38_143685_box_Incident_Summaries_173-233
Agency: Department of War
Page 128
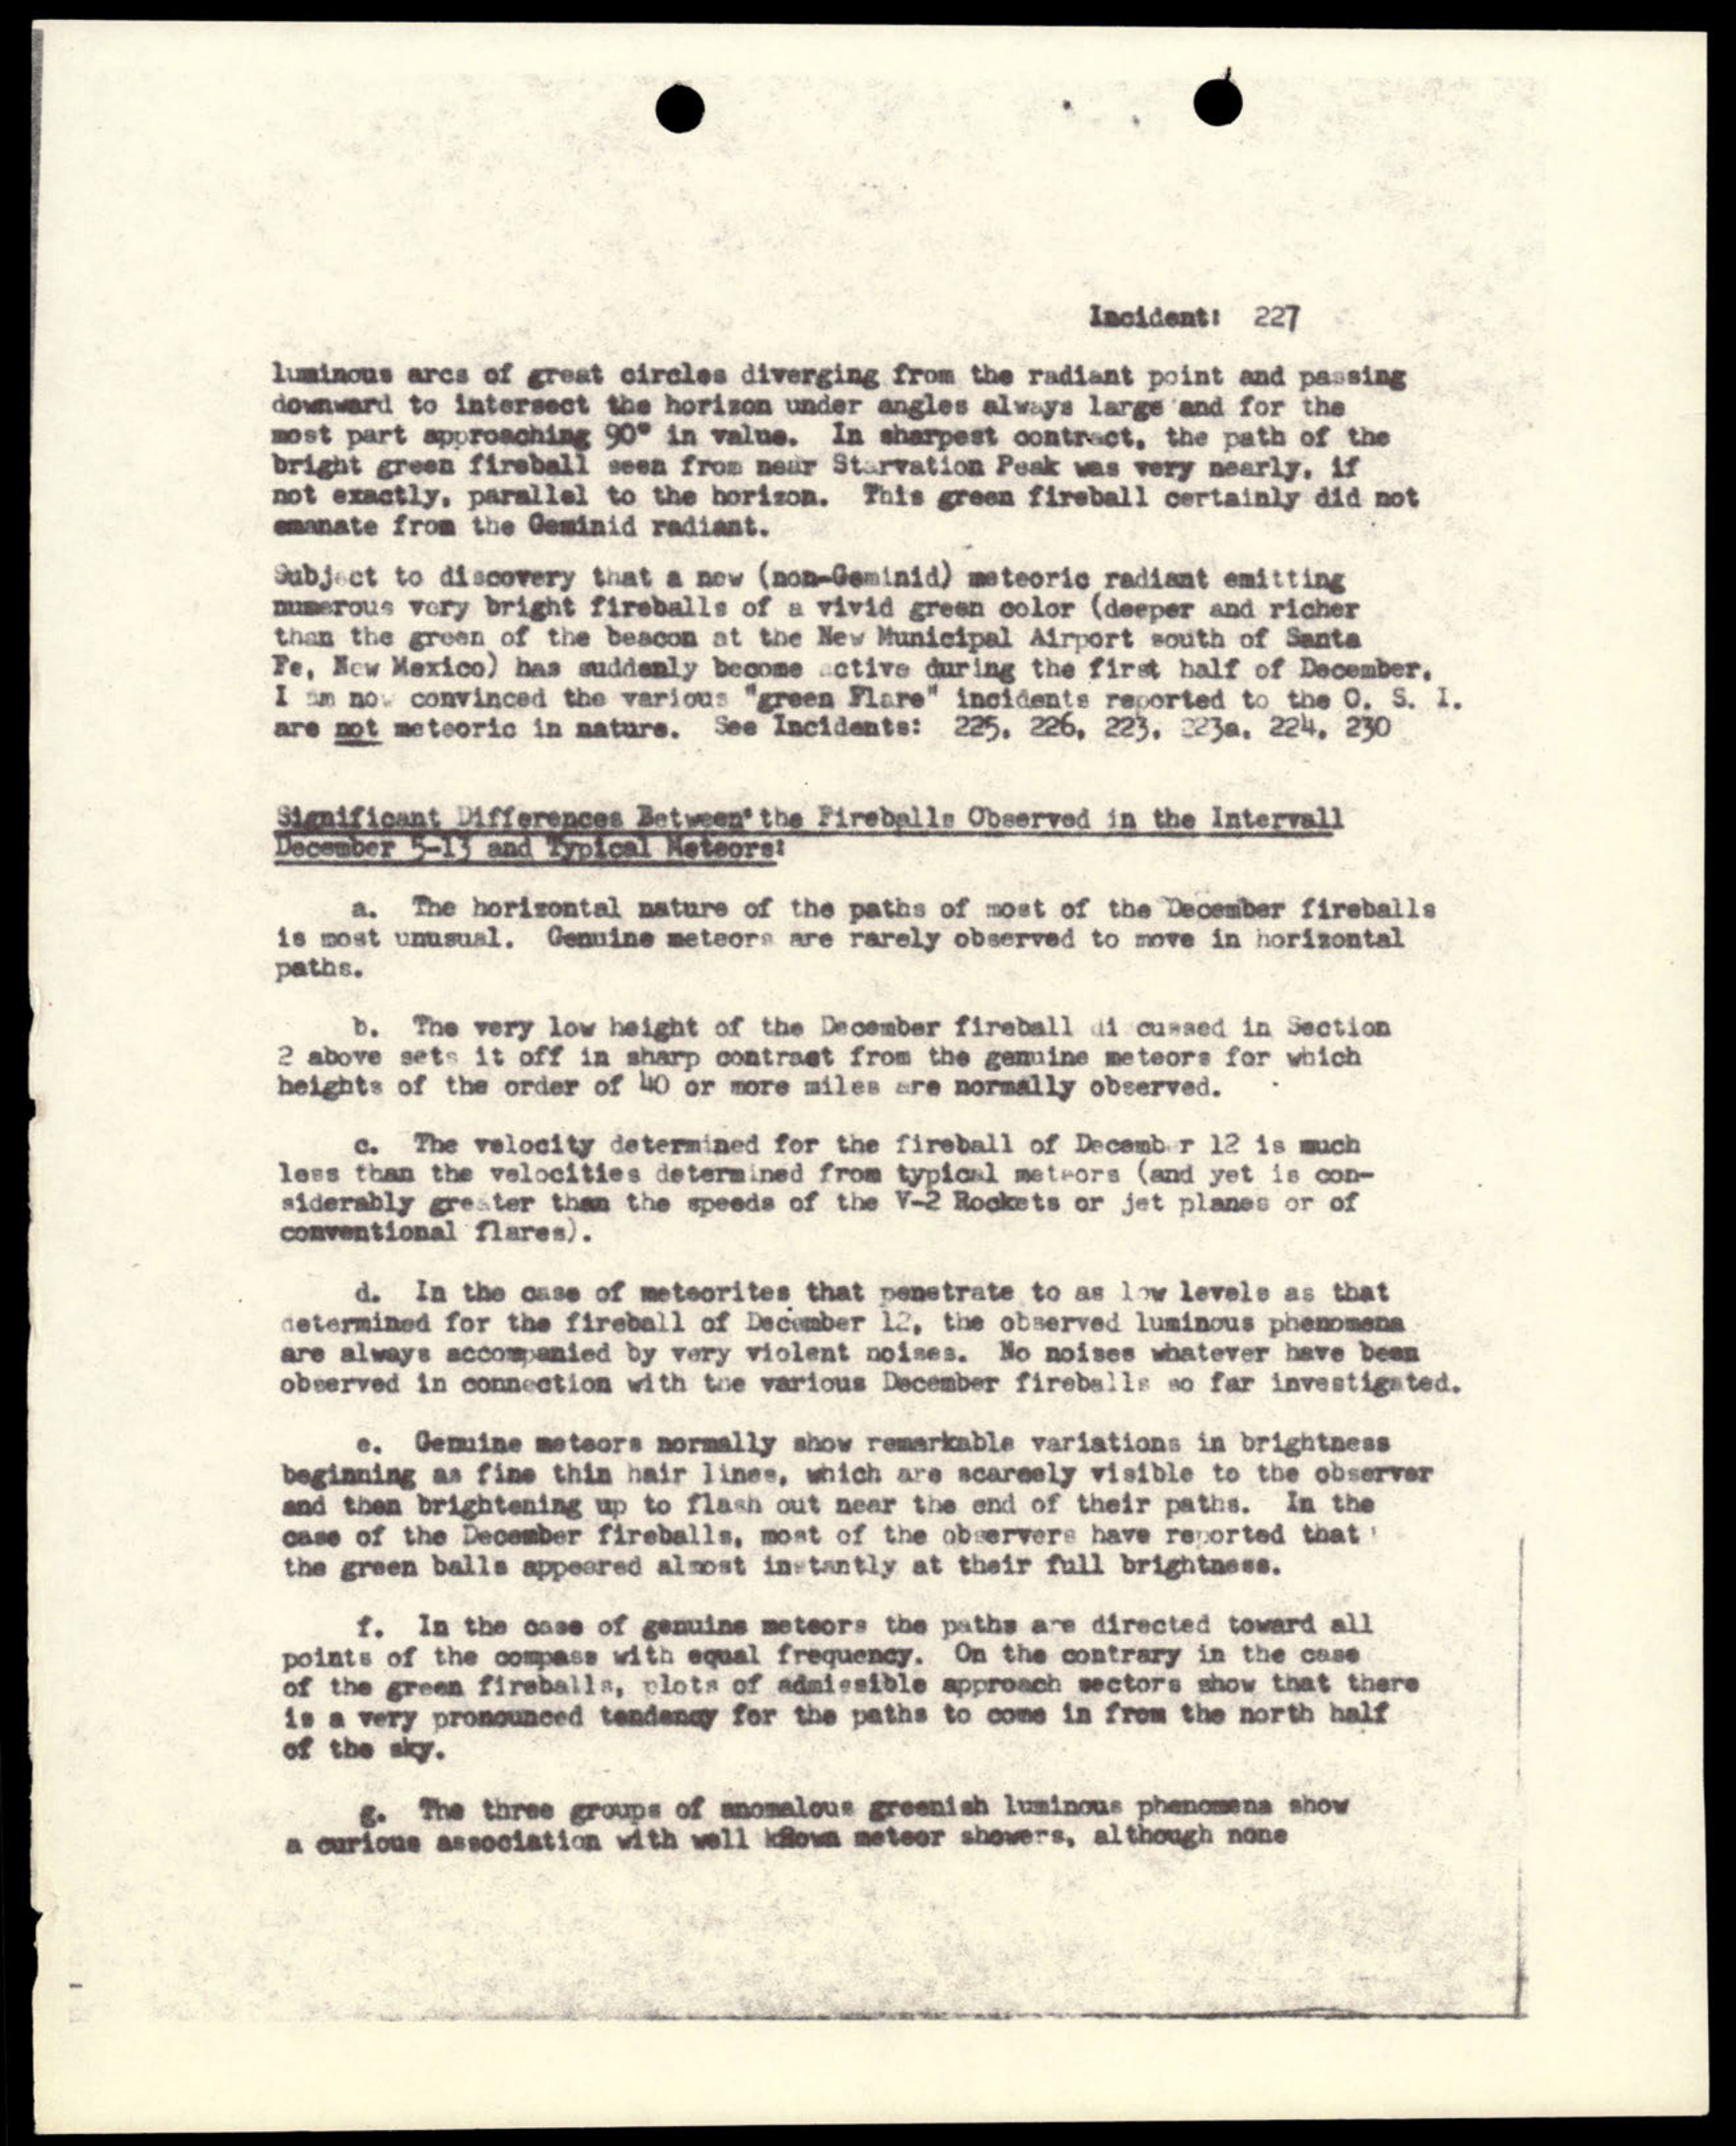